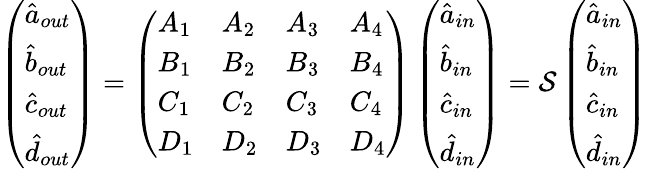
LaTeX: \left(\begin{array}{l}{\hat{a}_{out}}\\ {\hat{b}_{out}}\\ {\hat{c}_{out}}\\ {\hat{d}_{out}}\end{array}\right)=\left(\begin{array}{llll}{A_{1}}&{A_{2}}&{A_{3}}&{A_{4}}\\ {B_{1}}&{B_{2}}&{B_{3}}&{B_{4}}\\ {C_{1}}&{C_{2}}&{C_{3}}&{C_{4}}\\ {D_{1}}&{D_{2}}&{D_{3}}&{D_{4}}\end{array}\right)\left(\begin{array}{l}{\hat{a}_{in}}\\ {\hat{b}_{in}}\\ {\hat{c}_{in}}\\ {\hat{d}_{in}}\end{array}\right)=\mathcal{S}\left(\begin{array}{l}{\hat{a}_{in}}\\ {\hat{b}_{in}}\\ {\hat{c}_{in}}\\ {\hat{d}_{in}}\end{array}\right)